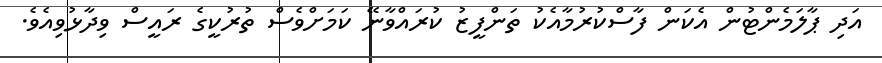
އަދި ޕާލަމެންޓުން އެކަން ފާސްކުރުމާއެކު ތަންފީޒު ކުރައްވާނޭ ކަމަށްވެސް ތުރުކީގެ ރައީސް ވިދާޅުވިއެވެ.